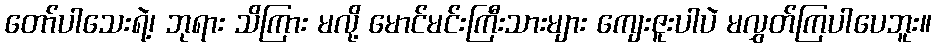
တော်ပါသေးရဲ့၊ ဘုရား သိကြား မလို့ မောင်မင်းကြီးသားများ ကျေးဇူးပါပဲ မလွှတ်ကြပါပေဘူး။